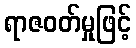
ရာဇဝတ်မှုဖြင့်